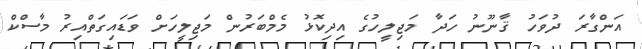
އަންގާރަ ދުވަހު ޤާނޫނު ހަދާ މަޖިލީހުގެ އިދިކޮޅު މެމްބަރުން މަޖިލީހަށް ވަޑައިގަތްއިރު މާސްކް